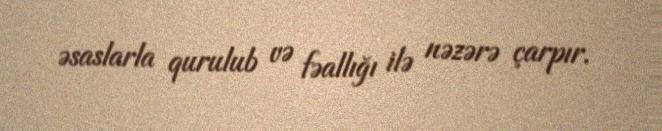
əsaslarla qurulub və fəallığı ilə nəzərə çarpır.